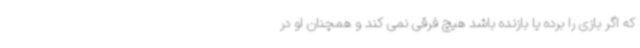
که اگر بازی را برده یا بازنده باشد هیچ فرقی نمی کند و همچنان او در